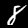
Digit: 8